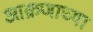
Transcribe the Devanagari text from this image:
आक्रणाच्या